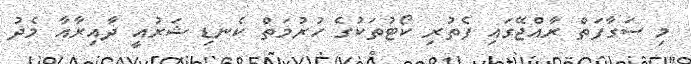
މި ސަގާފަތް ރާއްޖޭގައި ފެތުރި ކޯޓުތަކުގެ ހުރުމަތް ކެނޑި ޝަރުއީ ދާއިރާއާ މެދު